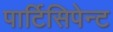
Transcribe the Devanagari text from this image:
पार्टिसिपेन्ट